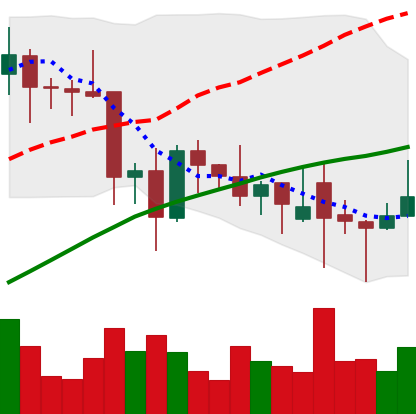
Ticker: XLM-USD
Chart end date: 2021-11-30
Forward return: -16.545%
Label: down_7plus